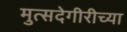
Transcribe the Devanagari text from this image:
मुत्सदेगीरीच्या